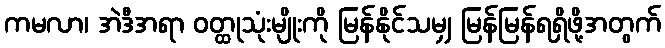
ကမလာ၊ အဲဒီအရာ ဝတ္ထုသုံးမျိုးကို မြန်နိုင်သမျှ မြန်မြန်ရရှိဖို့အတွက်